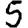
Digit: 5